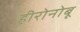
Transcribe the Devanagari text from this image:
हीरोनोबू